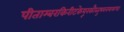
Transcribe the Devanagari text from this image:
पीताम्बरकिरीटकेयूरकौस्तुभवनमालाधरं